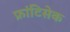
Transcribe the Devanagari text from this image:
फ्रांटिसेक